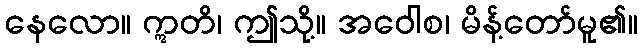
နေလော။ ဣတိ၊ ဤသို့။ အဝေါစ၊ မိန့်တော်မူ၏။